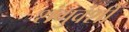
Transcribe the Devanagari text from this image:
शंगुवंशी